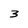
Character: 3